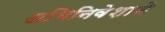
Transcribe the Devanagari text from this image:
अभिनिवेशाने